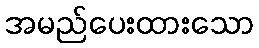
အမည်ပေးထားသော